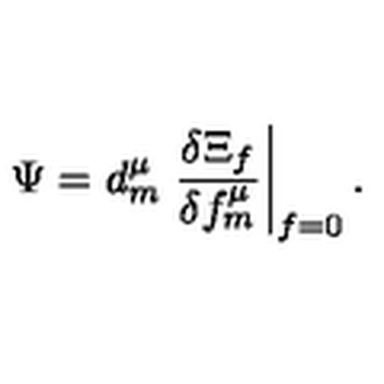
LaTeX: \Psi = d _ { m } ^ { \mu } \left. \frac { \delta \Xi _ { f } } { \delta f _ { m } ^ { \mu } } \right| _ { f = 0 } .